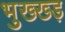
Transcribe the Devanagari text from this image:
भुख्ख्ड़